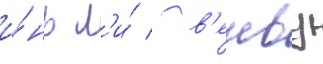
и́нь л'и́ / в'енву